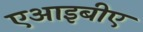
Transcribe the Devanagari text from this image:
एआइबीए